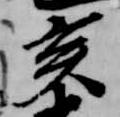
亥